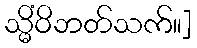
သ္မိံဝိဘတ်သက်။]